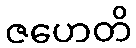
ဇဟေတိ